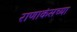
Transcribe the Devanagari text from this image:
राणाकंसच्या